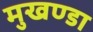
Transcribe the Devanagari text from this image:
मुखण्डा